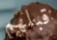
قبلهم